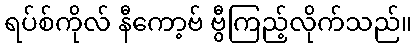
ရပ်စ်ကိုလ် နီကော့ဗ် ဗွီကြည့်လိုက်သည်။